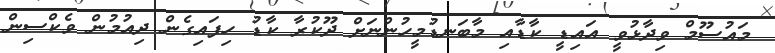
މައުސޫމް ވިދާޅުވީ އައިޑީ ކާޑާއި މާބަނޑުމީހުންނަށް ދޫކުރާ ކާޑު ހިފައިގެން ދިއުމުން ވެކްސިން